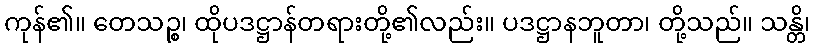
ကုန်၏။ တေသဉ္စ၊ ထိုပဒဋ္ဌာန်တရားတို့၏လည်း။ ပဒဋ္ဌာနဘူတာ၊ တို့သည်။ သန္တိ၊